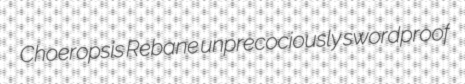
Choeropsis Rebane unprecociously swordproof